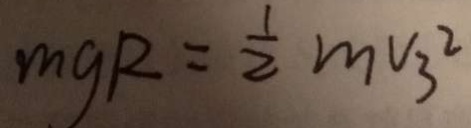
m g R = \frac { 1 } { 2 } m v _ { 3 }